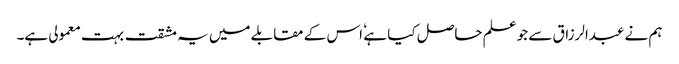
ہم نے عبدالرزاق سے جو علم حاصل کیا ہے ٗ اس کے مقابلے میں یہ مشقت بہت معمولی ہے۔